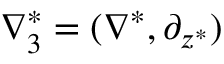
\nabla _ { 3 } ^ { * } = ( \nabla ^ { * } , \partial _ { z ^ { * } } )